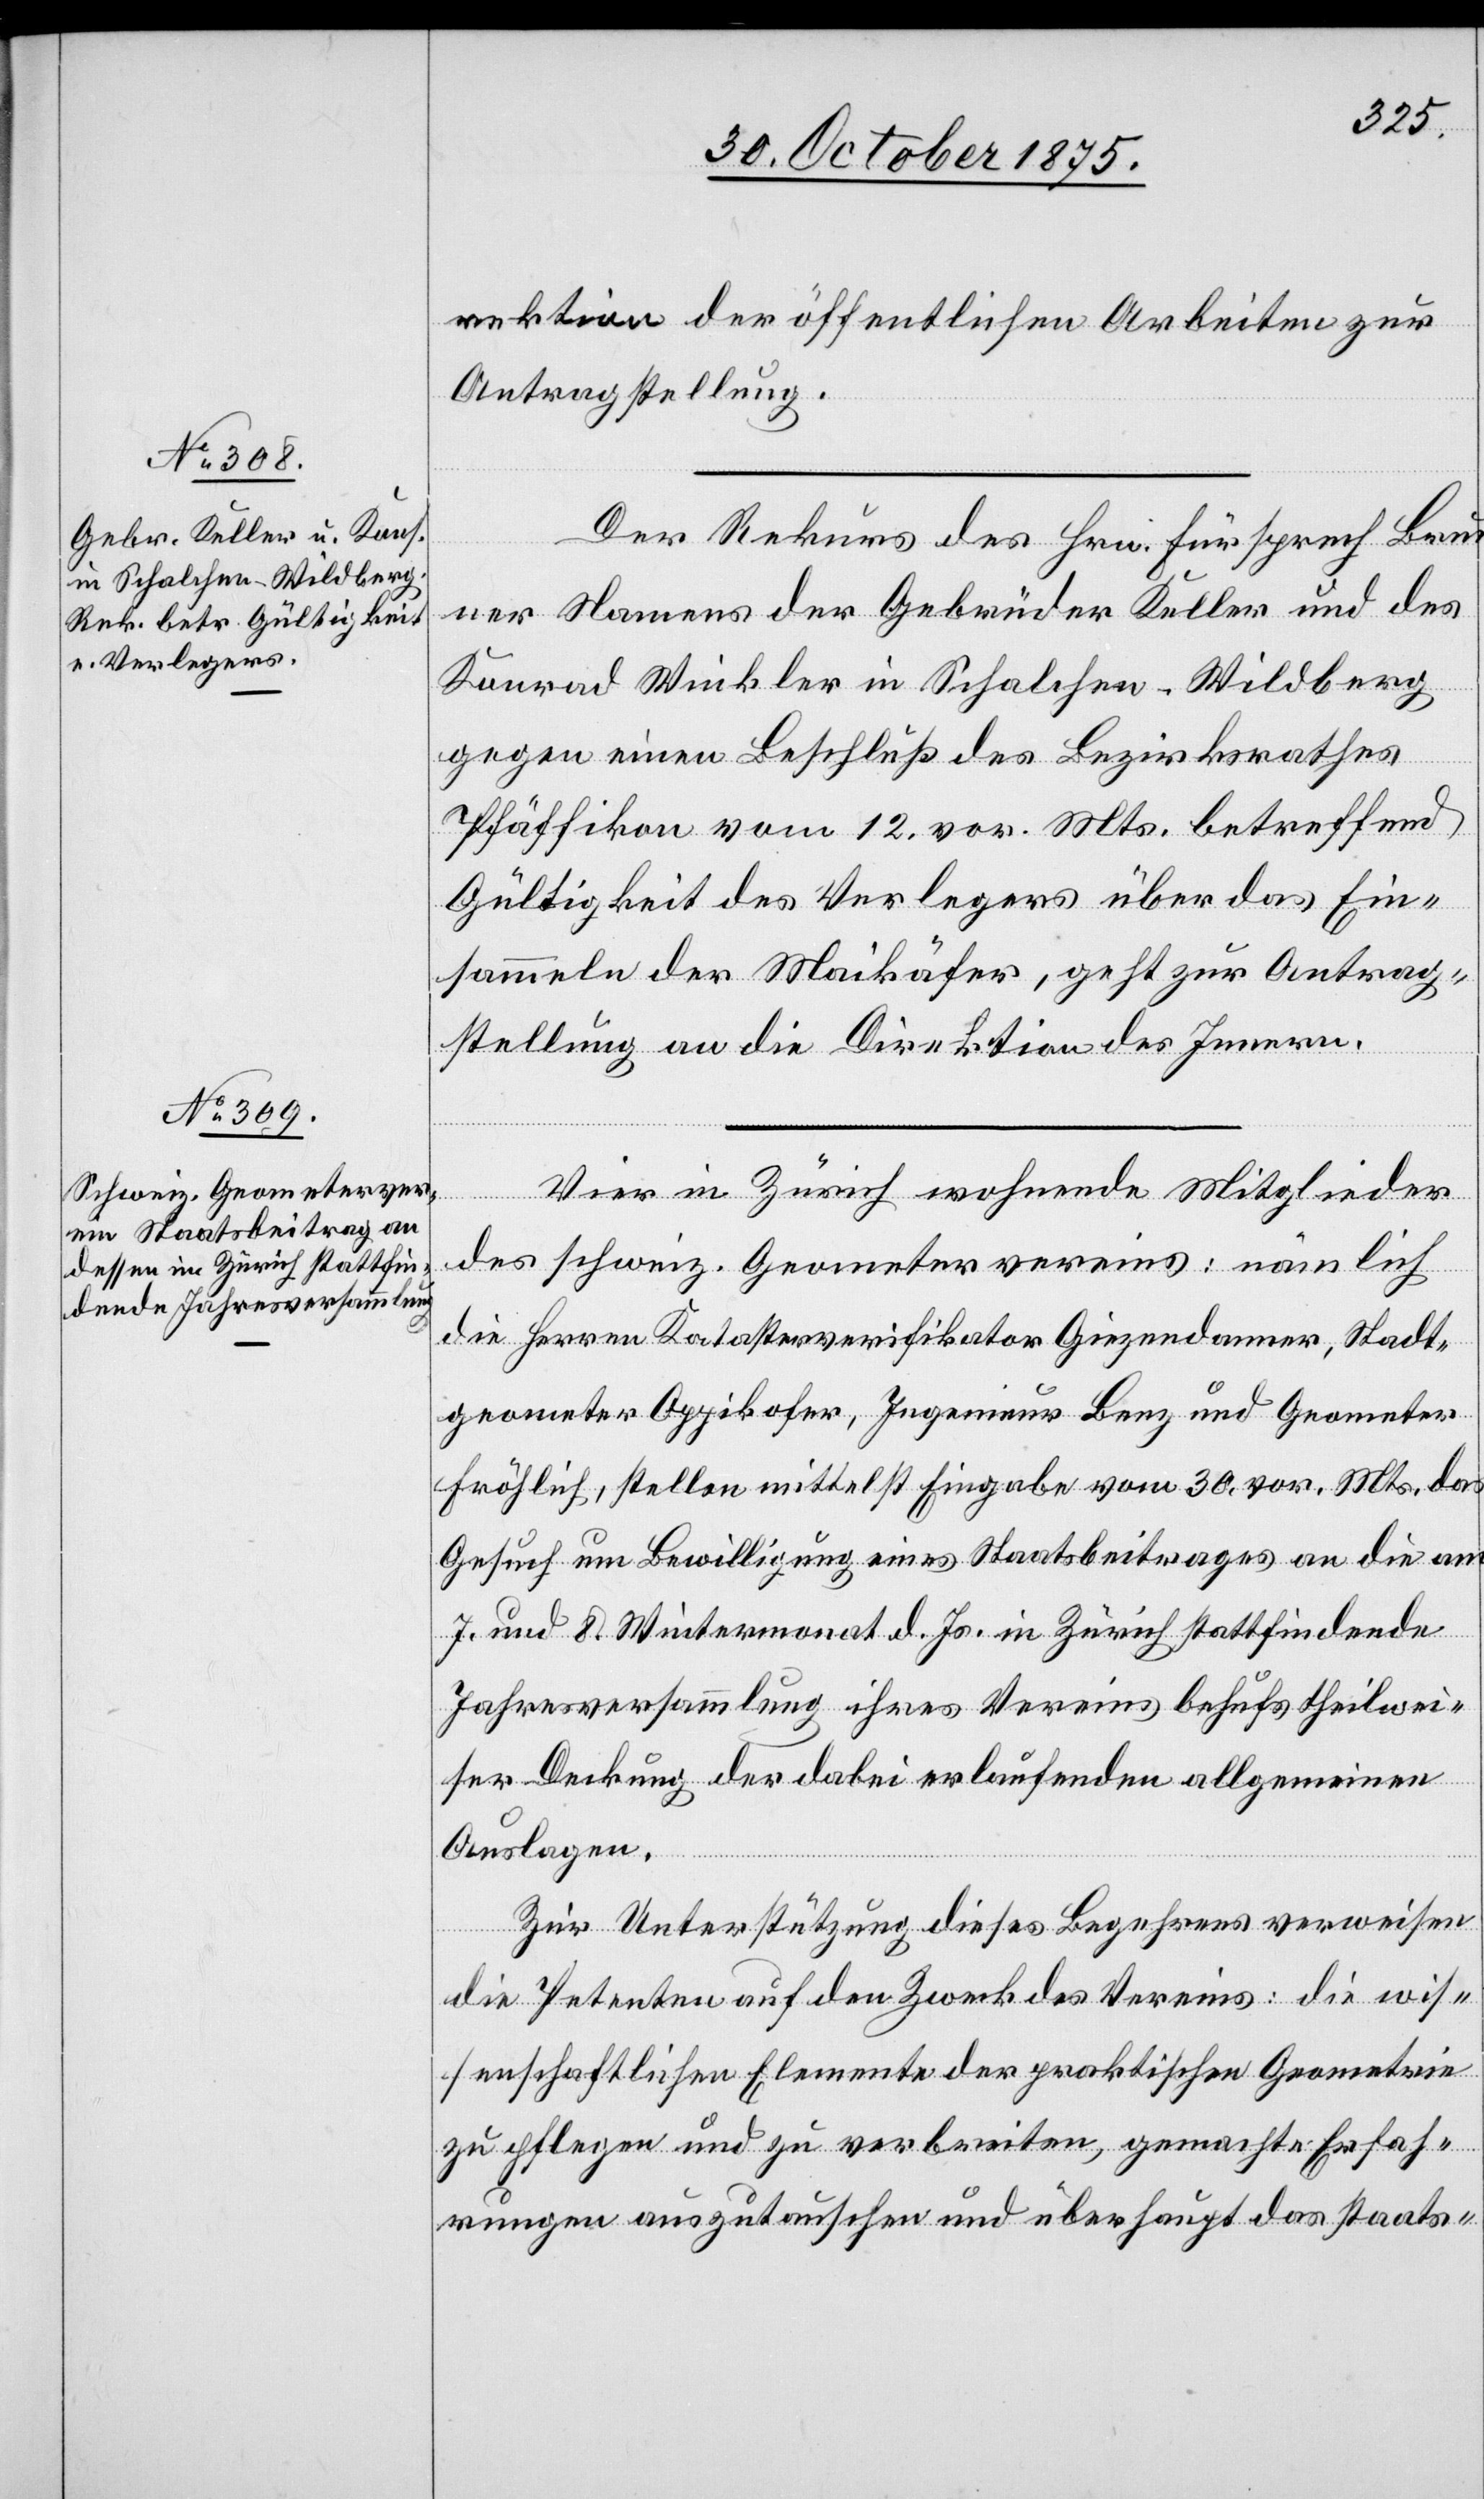
5. November 1875.]
rektion der öffentlichen Arbeiten zur
Antragstellung.
Der Rekurs des Hrn. Fürsprech Brun¬
ner Namens der Gebrüder Keller und des
Konrad Winkler in Schalchen - Wildberg
gegen einen Beschluß des Bezirksrathes
Pfäffikon vom 12. vor. Mts. betreffend
Gültigkeit des Verlegers über das Ein¬
sammeln der Maikäfer, geht zur Antrag¬
stellung an die Direktion des Innern.
Vier in Zürich wohnende Mitglieder
des schweiz. Geometervereins: nämlich
die Herren Katasterverifikator Giezendanner, Stadt¬
geometer Oppikofer, Ingenieur Benz und Geometer
Fröhlich, stellen mittelst Eingabe vom 30. vor. Mts. das
Gesuch um Bewilligung eines Staatsbeitrages an die am
7. und 8. Wintermonat d. Js. in Zürich stattfindende
Jahresversammlung ihres Vereins behufs theilwei¬
ser Deckung der dabei erlaufenden allgemeinen
Auslagen.
Zur Unterstützung dieses Begehrens verweisen
die Petenten auf den Zweck des Vereins: die wis¬
senschaftlichen Elemente der praktischen Geometrie
zu pflegen und zu verbreiten, gemachte Erfah¬
rungen auszutauschen und überhaupt das staats-